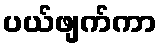
ပယ်ဖျက်ကာ